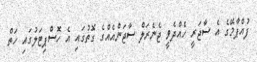
ފުއްޕާމޭގެ އެ ސާޖަރީ ހެއްދެވީ ޖެނެރަލް ސާޖަންއެއްގެ ގޮތުގައި އެ ހޮސްޕިޓަލުގައި ހަތް